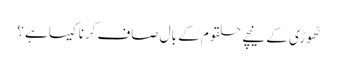
ٹھوڑی کے نیچے حلقوم کے بال صاف کرنا کیسا ہے؟